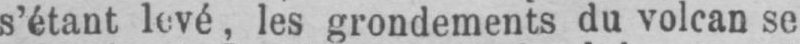
s’étant levé, les grondements du volcan se